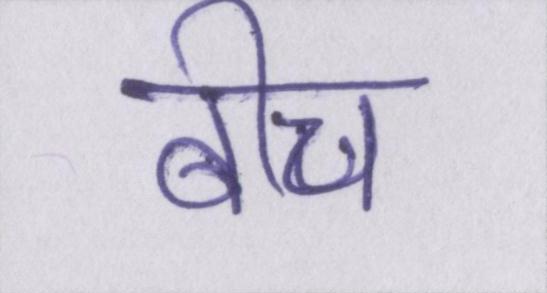
बीच